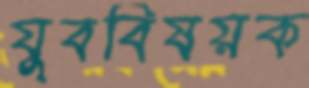
যুববিষয়ক